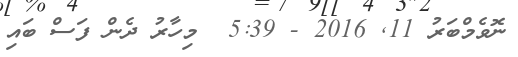
ނޮވެމްބަރު 11